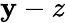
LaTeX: \mathbf{y}-z